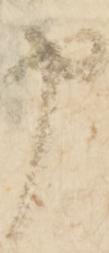
申